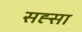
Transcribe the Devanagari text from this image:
सह्सा